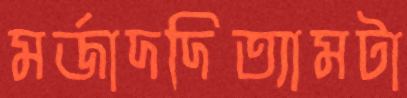
মর্জাদদিত্যামটা